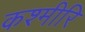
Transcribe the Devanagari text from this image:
कश्मीरि